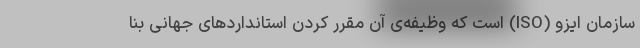
سازمان ایزو (ISO) است که وظیفه‌ی آن مقرر کردن استانداردهای جهانی بنا